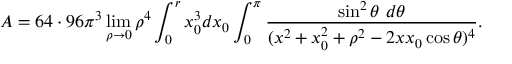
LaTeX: { \cal A } = 6 4 \cdot 9 6 \pi ^ { 3 } \operatorname * { l i m } _ { \rho \rightarrow 0 } \rho ^ { 4 } \int _ { 0 } ^ { r } x _ { 0 } ^ { 3 } d x _ { 0 } \int _ { 0 } ^ { \pi } { \frac { \sin ^ { 2 } \theta \, \, d \theta } { ( x ^ { 2 } + x _ { 0 } ^ { 2 } + \rho ^ { 2 } - 2 x x _ { 0 } \cos \theta ) ^ { 4 } } } .